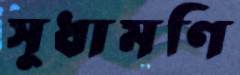
সুধামণি